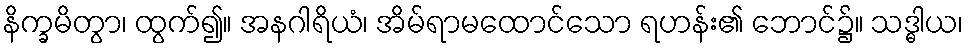
နိက္ခမိတွာ၊ ထွက်၍။ အနဂါရိယံ၊ အိမ်ရာမထောင်သော ရဟန်း၏ ဘောင်၌။ သဒ္ဓါယ၊